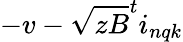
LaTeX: -v-\sqrt{zB}^{t}i_{nqk}